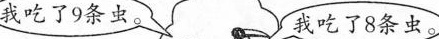
我吃了9条虫。 我吃了8条虫。